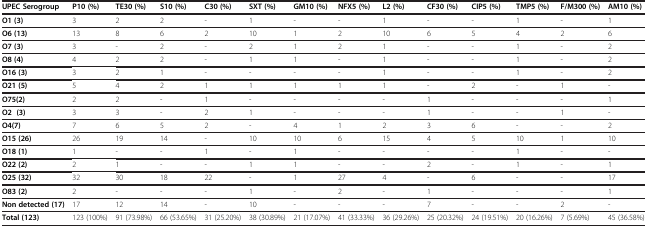
| UPEC Serogroup | P10 (%) | TE30 (%) | S10 (%) | C30 (%) | SXT (%) | GM10 (%) | NFX5 (%) | L2 (%) | CF30 (%) | CIP5 (%) | TMP5 (%) | F/M300 (%) | AM10 (%) |
 | --- | --- | --- | --- | --- | --- | --- | --- | --- | --- | --- | --- | --- | --- |
 | O1 (3) | 3 | 2 | 2 | - | 1 | - | - | 1 | - | - | 1 | - | 1 |
 | O6 (13) | 13 | 8 | 6 | 2 | 10 | 1 | 2 | 10 | 6 | 5 | 4 | 2 | 6 |
 | O7 (3) | 3 | - | 2 | - | 2 | 1 | 2 | 1 | - | - | 1 | - | 2 |
 | O8 (4) | 4 | 2 | 2 | - | 1 | 1 | - | 1 | - | - | 1 | - | 2 |
 | O16 (3) | 3 | 2 | 1 | - | - | - | - | 1 | - | - | 1 | - | 2 |
 | O21 (5) | 5 | 4 | 2 | 1 | 1 | 1 | 1 | 1 | - | 2 | - | 1 | - |
 | O75(2) | 2 | 2 | - | 1 | - | - | - | - | 1 | - | - | - | 1 |
 | O2 (3) | 3 | 3 | - | 2 | 1 | - | - | - | 1 | - | - | 1 | - |
 | O4(7) | 7 | 6 | 5 | 2 | - | 4 | 1 | 2 | 3 | 6 | - | - | 2 |
 | O15 (26) | 26 | 19 | 14 | - | 10 | 10 | 6 | 15 | 4 | 5 | 10 | 1 | 10 |
 | O18 (1) | 1 | - | - | 1 | - | 1 | - | - | - | - | 1 | - | - |
 | O22 (2) | 2 | 1 | - | - | 1 | 1 | - | - | 2 | - | 1 | - | 1 |
 | O25 (32) | 32 | 30 | 18 | 22 | - | 1 | 27 | 4 | - | 6 | - | - | 17 |
 | O83 (2) | 2 | - | - | - | 1 | - | 2 | - | 1 | - | - | - | 1 |
 | Non detected (17) | 17 | 12 | 14 | - | 10 | - | - | - | 7 | - | - | 2 | - |
 | Total (123) | 123 (100%) | 91 (73.98%) | 66 (53.65%) | 31 (25.20%) | 38 (30.89%) | 21 (17.07%) | 41 (33.33%) | 36 (29.26%) | 25 (20.32%) | 24 (19.51%) | 20 (16.26%) | 7 (5.69%) | 45 (36.58%) |